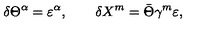
\delta \Theta ^ { \alpha } = \varepsilon ^ { \alpha } , \qquad \delta X ^ { m } = \bar { \Theta } \gamma ^ { m } \varepsilon ,